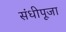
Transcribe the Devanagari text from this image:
संधीपूजा